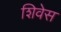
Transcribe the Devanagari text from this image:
शिवेस